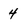
Character: 4